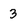
Character: 3